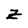
Character: Z